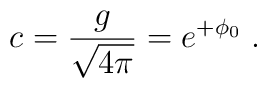
c=\frac{g}{\sqrt{4\pi}}=e^{+\phi_{0}}\; .